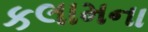
કલામના